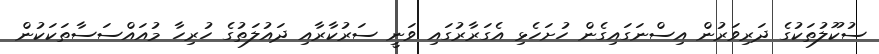
ސުކޫލުތަކުގެ ދަރިވަރުން އިސްނަގައިގެން ހުށަހެޅި އެގަރާރުގައި ވަނީ ސަރުކާރާއި ދައުލަތުގެ ހުރިހާ މުއައްސަސާތަކަކުން